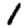
Digit: 1